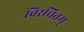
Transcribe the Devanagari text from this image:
विरचितम्